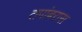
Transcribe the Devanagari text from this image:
तपांबरास